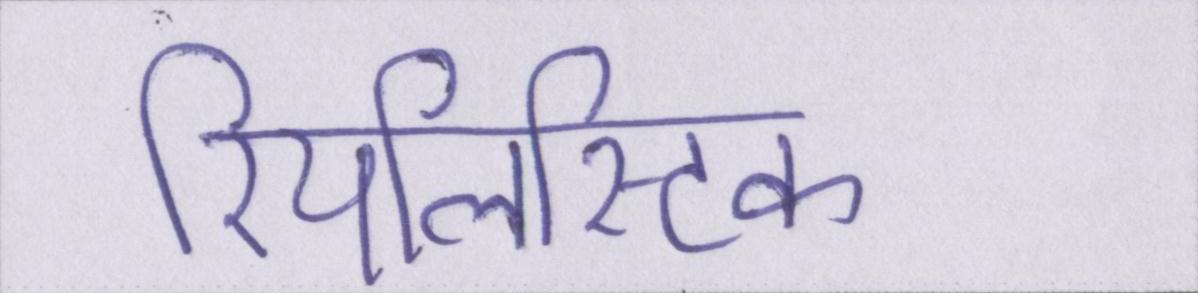
रियलिस्टिक